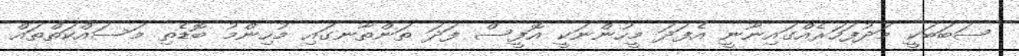
ސަބަބަކީ މަދުފަހަރެއްގައިނޫނީ އެފަދަ މީހުންނަކީ އޮފީސް ފަދަ ތަންތާނގައި މުހިންމު ބޮޑެތި މަސައްކަތްތައް